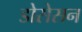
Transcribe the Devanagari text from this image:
डोसेसन